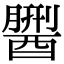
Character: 𨢏